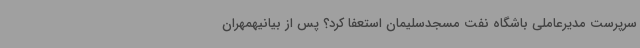
سرپرست مدیرعاملی باشگاه نفت مسجدسلیمان استعفا کرد؟ پس از بیانیهمهران